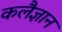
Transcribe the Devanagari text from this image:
कलैज्ञान